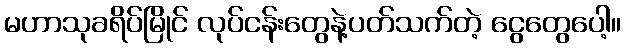
မဟာသုခရိပ်မြိုင် လုပ်ငန်းတွေနဲ့ပတ်သက်တဲ့ ငွေတွေပေါ့။